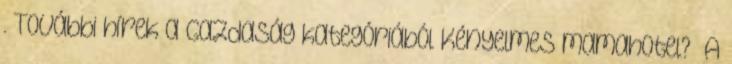
. További hírek a Gazdaság kategóriából Kényelmes mamahotel? „A